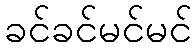
ခင်ခင်မင်မင်